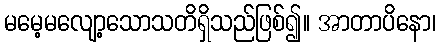
မမေ့မလျော့သောသတိရှိသည်ဖြစ်၍။ အာတာပိနော၊